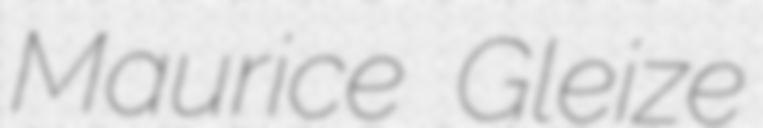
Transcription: Maurice Gleize